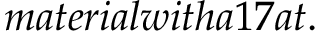
_ { } { } m a t e r i a l w i t h a 1 7 a t . \ \